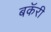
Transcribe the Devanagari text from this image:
बकॅरी